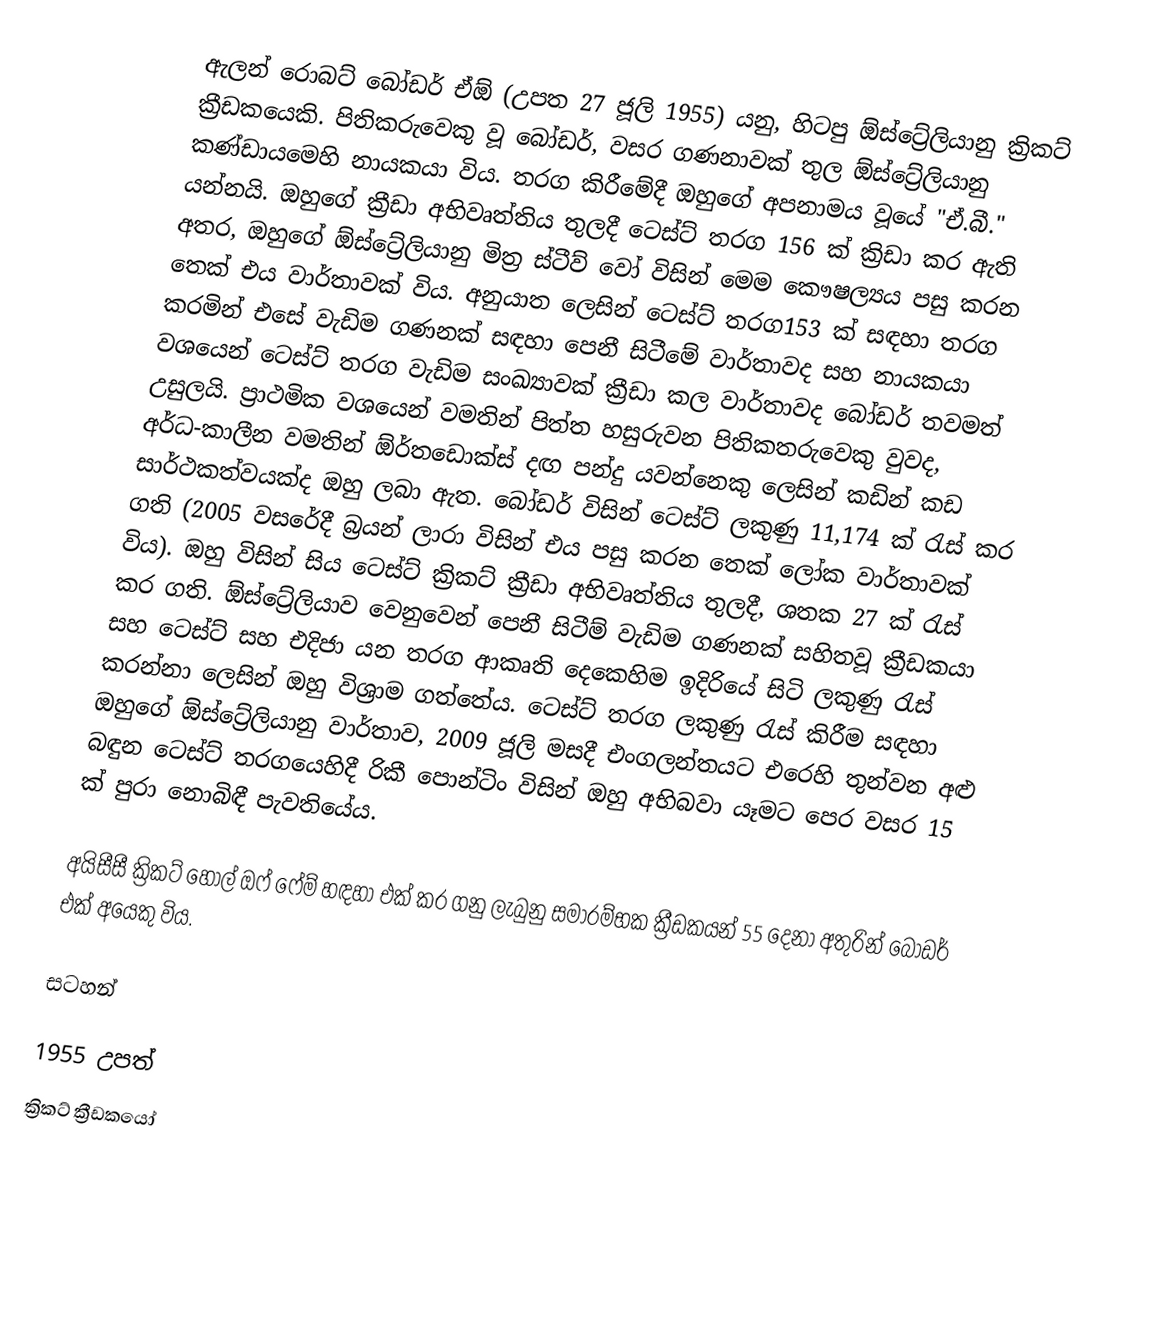
ඇලන් රොබට් බෝඩර් ඒඕ (උපත 27 ජූලි 1955) යනු, හිටපු ඕස්ට්‍රේලියානු ක්‍රිකට් ක්‍රීඩකයෙකි. පිතිකරුවෙකු වූ බෝඩර්, වසර ගණනාවක් තුල  ඕස්ට්‍රේලියානු කණ්ඩායමෙහි  නායකයා විය. තරග කිරීමේදී ඔහුගේ අපනාමය වූයේ "ඒ.බී." යන්නයි. ඔහුගේ ක්‍රීඩා අභිවෘත්තිය තුලදී  ටෙස්ට් තරග 156  ක් ක්‍රිඩා කර ඇති අතර, ඔහුගේ ඕස්ට්‍රේලියානු මිත්‍ර  ස්ටීව් වෝ විසින් මෙම කෞෂල්‍යය පසු කරන තෙක් එය වාර්තාවක් විය. අනුයාත ලෙසින් ටෙස්ට් තරග153 ක් සඳහා තරග කරමින් එසේ වැඩිම ගණනක් සඳහා පෙනී සිටීමේ වාර්තාවද සහ නායකයා වශයෙන් ටෙස්ට් තරග වැඩිම සංඛ්‍යාවක් ක්‍රීඩා කල වාර්තාවද බෝඩර් තවමත් උසුලයි. ප්‍රාථමික වශයෙන් වමතින් පිත්ත හසුරුවන පිතිකතරුවෙකු වුවද, අර්ධ-කාලීන වමතින් ඕර්තඩොක්ස් දඟ පන්දු යවන්නෙකු ලෙසින් කඩින් කඩ සාර්ථකත්වයක්ද ඔහු ලබා ඇත. බෝඩර් විසින් ටෙස්ට් ලකුණු 11,174 ක් රැස් කර ගති (2005 වසරේදී බ්‍රයන් ලාරා විසින් එය පසු කරන තෙක් ලෝක වාර්තාවක් විය). ඔහු විසින් සිය ටෙස්ට් ක්‍රිකට් ක්‍රීඩා අභිවෘත්තිය තුලදී, ශතක 27 ක් රැස් කර ගති. ඕස්ට්‍රේලියාව වෙනුවෙන් පෙනී සිටීම් වැඩිම ගණනක් සහිතවූ ක්‍රීඩකයා සහ ටෙස්ට් සහ එදිජා යන තරග ආකෘති දෙකෙහිම ඉදිරියේ සිටි ලකුණු රැස් කරන්නා ලෙසින් ඔහු විශ්‍රාම ගත්තේය. ටෙස්ට් තරග ලකුණු රැස් කිරීම සඳහා ඔහුගේ ඕස්ට්‍රේලියානු වාර්තාව, 2009 ජූලි මසදී එංගලන්තයට එරෙහි තුන්වන අළු බඳුන ටෙස්ට් තරගයෙහිදී  රිකී පොන්ටිං විසින් ඔහු අභිබවා යෑමට පෙර වසර 15 ක් පුරා නොබිඳී පැවතියේය.

අයිසීසී ක්‍රිකට් හෝල් ඔෆ් ෆේම් හඳහා එක් කර ගනු ලැබුනු සමාරම්භක ක්‍රීඩකයන් 55 දෙනා අතුරින් බෝඩර් එක් අයෙකු විය.

සටහන්

1955 උපත්
ක්‍රිකට් ක්‍රීඩකයෝ